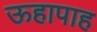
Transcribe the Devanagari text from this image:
ऊहापाह